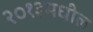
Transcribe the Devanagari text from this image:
२०१३मधील